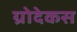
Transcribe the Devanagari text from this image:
ग्रोदेकस